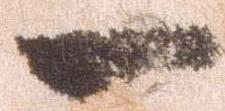
一